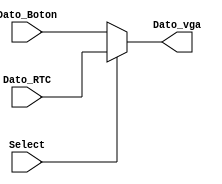
`timescale 1ns / 1ps
//////////////////////////////////////////////////////////////////////////////////
// Company: 
// Engineer: 
// 
// Design Name: 
// Module Name:    Mux_Code 
// Project Name: 
// Target Devices: 
// Tool versions: 
// Description: 
//
// Dependencies: 
//
// Revision: 
// Revision 0.01 - File Created
// Additional Comments: 
//
//////////////////////////////////////////////////////////////////////////////////
module Mux_Code(
    input [7:0] Dato_RTC, // dato del rtc, dato leido
    input [7:0] Dato_Boton, // dato a programar, dato a enviar al rtc
    input Select,// selector
    output [7:0] Dato_vga // dato a mostrar en vga
    );
	 
assign Dato_vga = Select ? Dato_RTC : Dato_Boton; // mux de dato a mostrar

endmodule